Scottish Leaving Certificate Examination, 1952
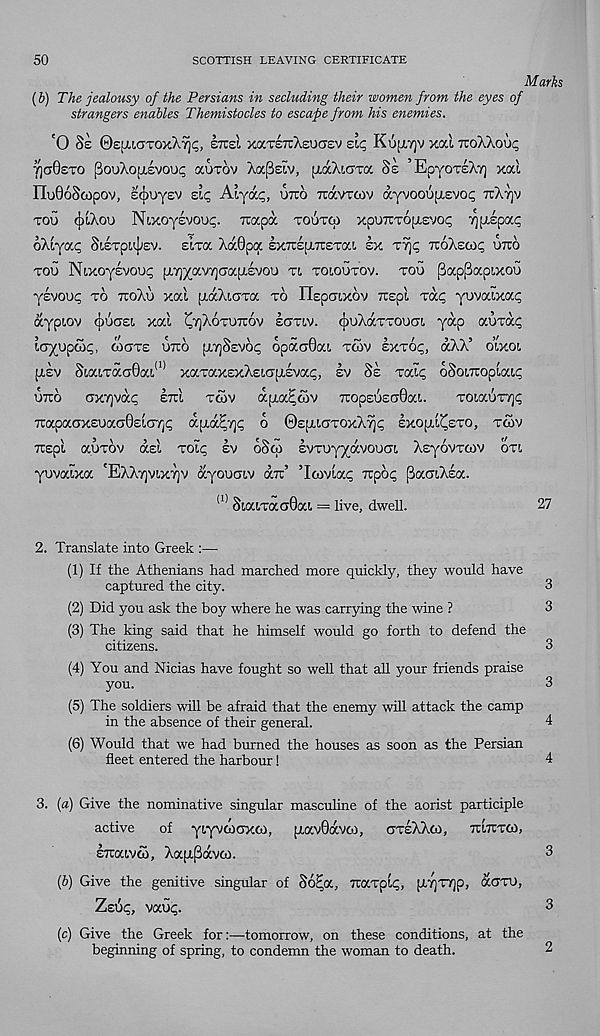
50
SCOTTISH LEAVING CERTIFICATE
Marks
(b) The jealousy of the Persians in secluding their women from the eyes of
strangers enables Themistodes to escape from his enemies.
'0 8e ©qi-iaToxAyjc, sttsI xaxsTrXeuciev zlc; Koayjv xal ttoXXou^
Tj(j0£TO pooXo(j.£VOu^ auxov Arxfizlv, [xaXiaxa Ss ’EpyoTEXv) xal
IIu068copov, scjiuyEV elc, Aiyap, uruo Travrwv ayvooo[j.£vop 7rX7]v
too cjxXou N ixoyevoop. Trapa toutco xpuTTroptEvop -^ptEpap
oXtyap SiETpujiEV. elto. Xa0pa £Xtte[J.~et(/.i ex xyp TtoXscop otto
too Ni,xoyEvou<; [XTjyavyjO'ocjJ.EVou ri toioutov. too |3(xp[3apixoo
ysvoop to ttoXo xal piaXiGTa to ITspcxxov Tuspl Tap yovalxap
aypiov cjiocjEt xal (^tqXototiov kanv. 4 )U^TTOUC7[ ' T^P aoxap
loyopMC, coots otto [ATjckvop opaoOai. tcov extoc, aXX’ oixoi
[xsv SiaLTaaOai 11 xaTaxExXEia'jj.svap, ev 8e Talc oSoiTroplatc
OTTO GXTjVap ETll TCOV a.ITaCCOV TTOpEOEaBat..
TOiaOT7]P
TuapaoxEoaaOsicnQp aua^yp o ©spiiaTOxX^p IxopuZsTO, tcov
TCEpl aOTOV (XeI TOIC EV 68(0 EVTOvyaVOOGL XsyOVTCOV OTt,
yovalxa 'EXXtjvixtjv ayooat.v a7c’ ’Icovlac Tipop (laaiXsa.
(1) SiaiTaoOai = live, dwell.
27
2. Translate into Greek :—
(1) If the Athenians had marched more quickly, they would have
captured the city.
3
(2) Did you ask the boy where he was carrying the wine ?
3
(3) The king said that he himself would go forth to defend the
citizens.
3
(4) You and Nicias have fought so well that all your friends praise
you.
3
(5) The soldiers will be afraid that the enemy will attack the camp
in the absence of their general.
4
(6) Would that we had burned the houses as soon as the Persian
fleet entered the harbour!
4
3. (a) Give the nominative singular mascuhne of the aorist participle
active
of yiyvcooxco, jxavOaveo, gteXXco, tultttco,
etocivco, XapL^avco.
(b) Give the genitive singular of §6%x, TOCTpiq, [X7)T7]p, aero),
Zeuc, vaup.
(c) Give the Greek for:—tomorrow, on these conditions, at the
beginning of spring, to condemn the woman to death.